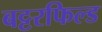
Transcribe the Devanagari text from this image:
बट्टरफिल्ड